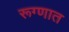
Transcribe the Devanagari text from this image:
रूग्णात